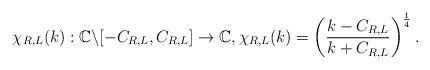
LaTeX: \begin{align*} \chi_{R,L}(k): \mathbb{C}\backslash[-C_{R,L},C_{R,L}]\rightarrow\mathbb{C}, \chi_{R,L}(k)=\left(\frac{k-C_{R,L}}{k+C_{R,L}}\right)^{\frac{1}{4}}.\end{align*}